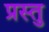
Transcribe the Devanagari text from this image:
प्रस्तु